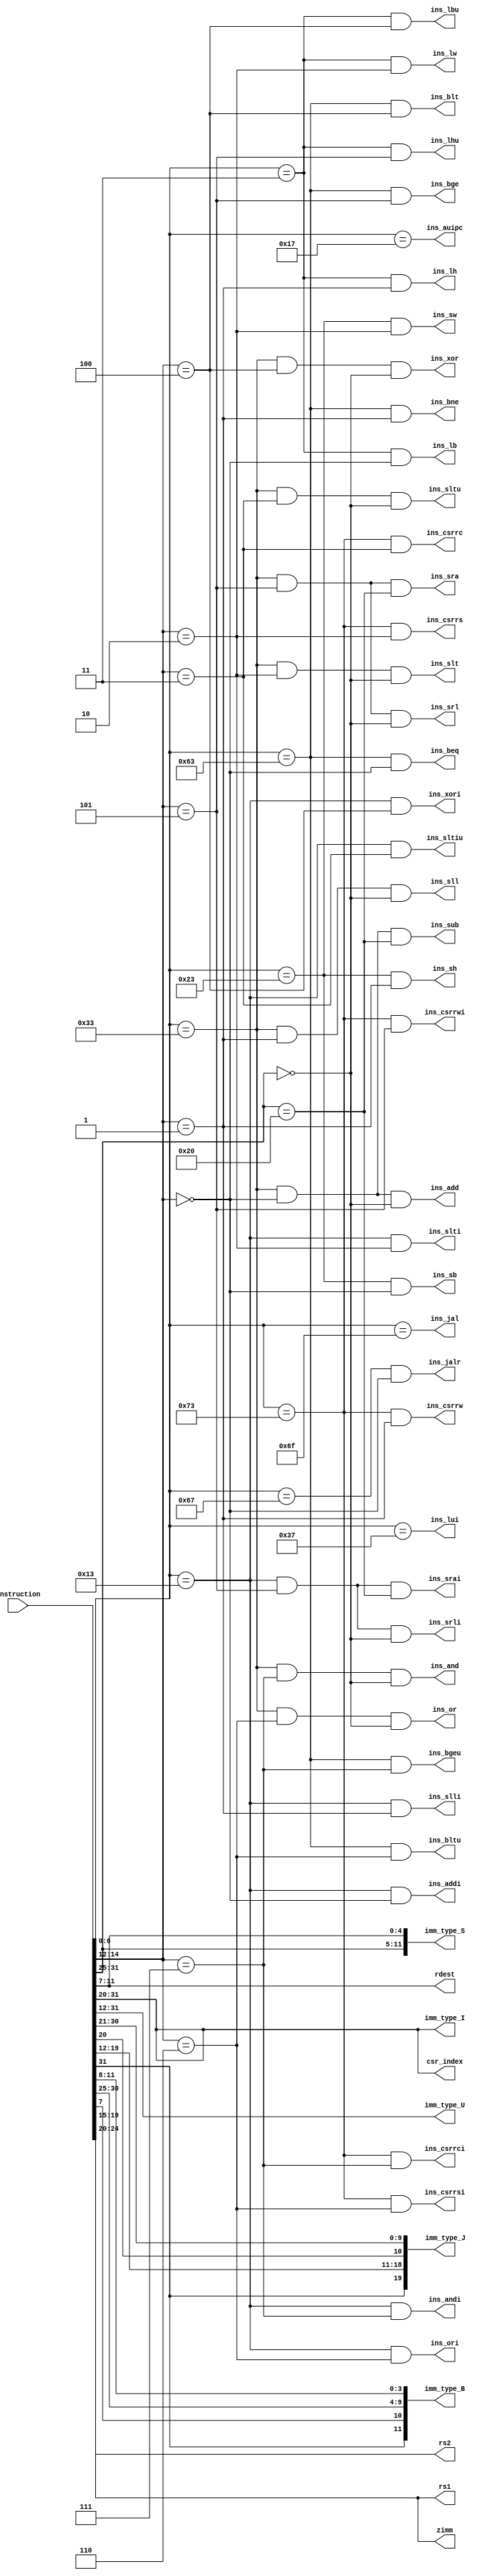
`timescale 1ns / 1ps
//////////////////////////////////////////////////////////////////////////////////
// Company: 
// Engineer: 
// 
// Design Name: 
// Module Name: Decoder
// Project Name: 
// Target Devices: 
// Tool Versions: 
// Description: 
// 
// Dependencies: 
// 
// Revision:
// Revision 0.01 - File Created
// Additional Comments:
// latency = 0
//////////////////////////////////////////////////////////////////////////////////


module Decoder(
    input 	[31:0]	Instruction,
	
	output	ins_lui,	//U-type
	output	ins_auipc,	//U-type
	output	ins_jal,	//J-type
	output	ins_jalr,	//I-type	
	output	ins_beq,	//B-type
	output	ins_bne,	//B-type
	output	ins_blt,	//B-type
	output	ins_bge,	//B-type
	output	ins_bltu,	//B-type
	output	ins_bgeu,	//B-type
	output	ins_lb,		//I-type
	output	ins_lh,		//I-type
	output	ins_lw,		//I-type
	output	ins_lbu,	//I-type
	output	ins_lhu,	//I-type
	output	ins_sb,		//S-type
	output	ins_sh,		//S-type
	output	ins_sw,		//S-type
	output	ins_addi,	//I-type	
	output	ins_slti,	//I-type
	output	ins_sltiu,	//I-type
	output	ins_xori,	//I-type
	output	ins_ori,	//I-type
	output	ins_andi,	//I-type
	output	ins_slli,	//I-type
	output	ins_srli,	//I-type
	output	ins_srai,	//I-type
	output	ins_add,	//R-type
	output	ins_sub,	//R-type
	output	ins_sll,	//R-type
	output	ins_slt,	//R-type
	output	ins_sltu,	//R-type
	output	ins_xor,	//R-type
	output	ins_srl,	//R-type
	output	ins_sra,	//R-type
	output	ins_or,		//R-type
	output	ins_and,	//R-type

	output	ins_csrrw,	//CSR
	output	ins_csrrs,	//CSR
	output	ins_csrrc,	//CSR
	output	ins_csrrwi,	//CSR
	output	ins_csrrsi,	//CSR
	output	ins_csrrci,	//CSR
	
	output	[11:0]	imm_type_S,
	output	[11:0]	imm_type_I,
	output	[19:0]	imm_type_U,
	output	[19:0]	imm_type_J,
	output	[11:0]	imm_type_B,
	output	[11:0]	csr_index,
	output	[4:0]	rdest,
	output	[4:0]	rs1,
	output	[4:0]	rs2,
	output	[4:0]	zimm
	
    );

wire [6:0] opcode;	
wire [2:0] funct3;	
wire [6:0] funct7;	
	
assign rdest = Instruction[11:7];
assign rs1 = Instruction[19:15];
assign rs2 = Instruction[24:20];
assign zimm = Instruction[19:15];
assign opcode = Instruction[6:0];
assign funct3 = Instruction[14:12];
assign funct7 = Instruction[31:25];
assign imm_type_I = Instruction[31:20];
assign imm_type_S = {Instruction[31:25], Instruction[11:7]};
assign imm_type_U = Instruction[31:12];
assign imm_type_J = {Instruction[31], Instruction[19:12], Instruction[20], Instruction[30:21]};
assign imm_type_B = {Instruction[31], Instruction[7], Instruction[30:25], Instruction[11:8]};
assign csr_index = Instruction[31:20];

// type_U
assign ins_lui = (opcode[6:0]==7'b0110111);
assign ins_auipc = (opcode[6:0]==7'b0010111);
 
// type_J
assign ins_jal = (opcode[6:0]==7'b1101111);
 
// type_R					 
assign ins_add = (opcode[6:0]==7'b0110011) && (funct3==3'h0) && (funct7==7'h00);
assign ins_sub = (opcode[6:0]==7'b0110011) && (funct3==3'h0) && (funct7==7'h20);
assign ins_sll = (opcode[6:0]==7'b0110011) && (funct3==3'h1) && (funct7==7'h00);
assign ins_slt = (opcode[6:0]==7'b0110011) && (funct3==3'h2) && (funct7==7'h00);
assign ins_sltu = (opcode[6:0]==7'b0110011) && (funct3==3'h3) && (funct7==7'h00);
assign ins_xor = (opcode[6:0]==7'b0110011) && (funct3==3'h4) && (funct7==7'h00);
assign ins_srl = (opcode[6:0]==7'b0110011) && (funct3==3'h5) && (funct7==7'h00);
assign ins_sra = (opcode[6:0]==7'b0110011) && (funct3==3'h5) && (funct7==7'h20);
assign ins_or = (opcode[6:0]==7'b0110011) && (funct3==3'h6) && (funct7==7'h00);
assign ins_and = (opcode[6:0]==7'b0110011) && (funct3==3'h7) && (funct7==7'h00);

// type_I
assign ins_jalr = (opcode[6:0]==7'b1100111) && (funct3==3'h0);
assign ins_lb = (opcode[6:0]==7'b0000011) && (funct3==3'h0);
assign ins_lh = (opcode[6:0]==7'b0000011) && (funct3==3'h1);
assign ins_lw = (opcode[6:0]==7'b0000011) && (funct3==3'h2);
assign ins_lbu = (opcode[6:0]==7'b0000011) && (funct3==3'h4);
assign ins_lhu = (opcode[6:0]==7'b0000011) && (funct3==3'h5);
assign ins_addi = (opcode[6:0]==7'b0010011) && (funct3==3'h0);
assign ins_slti = (opcode[6:0]==7'b0010011) && (funct3==3'h2);
assign ins_sltiu = (opcode[6:0]==7'b0010011) && (funct3==3'h3);
assign ins_xori = (opcode[6:0]==7'b0010011) && (funct3==3'h4);
assign ins_ori = (opcode[6:0]==7'b0010011) && (funct3==3'h6);
assign ins_andi = (opcode[6:0]==7'b0010011) && (funct3==3'h7);
assign ins_slli = (opcode[6:0]==7'b0010011) && (funct3==3'h1);
assign ins_srli = (opcode[6:0]==7'b0010011) && (funct3==3'h5) && (funct7==7'h00);
assign ins_srai = (opcode[6:0]==7'b0010011) && (funct3==3'h5) && (funct7==7'h20);

// type_S
assign ins_sb = (opcode[6:0]==7'b0100011) && (funct3==3'h0);
assign ins_sh = (opcode[6:0]==7'b0100011) && (funct3==3'h1);
assign ins_sw = (opcode[6:0]==7'b0100011) && (funct3==3'h2);

// type_B
assign ins_beq = (opcode[6:0]==7'b1100011) && (funct3==3'h0);
assign ins_bne = (opcode[6:0]==7'b1100011) && (funct3==3'h1);
assign ins_blt = (opcode[6:0]==7'b1100011) && (funct3==3'h4);
assign ins_bge = (opcode[6:0]==7'b1100011) && (funct3==3'h5);
assign ins_bltu = (opcode[6:0]==7'b1100011) && (funct3==3'h6);
assign ins_bgeu = (opcode[6:0]==7'b1100011) && (funct3==3'h7);

//CSR
assign ins_csrrw = (opcode[6:0]==7'b1110011) && (funct3==3'h1);
assign ins_csrrs = (opcode[6:0]==7'b1110011) && (funct3==3'h2);
assign ins_csrrc = (opcode[6:0]==7'b1110011) && (funct3==3'h3);
assign ins_csrrwi = (opcode[6:0]==7'b1110011) && (funct3==3'h5);
assign ins_csrrsi = (opcode[6:0]==7'b1110011) && (funct3==3'h6);
assign ins_csrrci = (opcode[6:0]==7'b1110011) && (funct3==3'h7);
endmodule